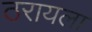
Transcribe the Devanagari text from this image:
ठरायला